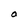
Character: O